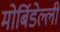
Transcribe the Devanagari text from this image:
मोर्बिडेल्ली